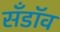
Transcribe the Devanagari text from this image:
सँडॉव